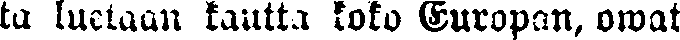
ta luetaan kautta koko Europan, owat